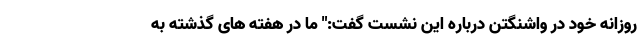
روزانه خود در واشنگتن درباره این نشست گفت:" ما در هفته های گذشته به